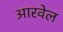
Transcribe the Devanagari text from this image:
आरवेल